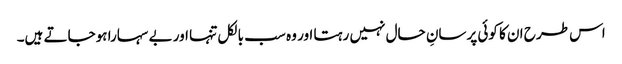
اس طرح ان کا کوئی پرسانِ حال نہیں رہتا اور وہ سب بالکل تنہا اور بے سہارا ہوجاتے ہیں۔